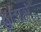
હાડાટોડા